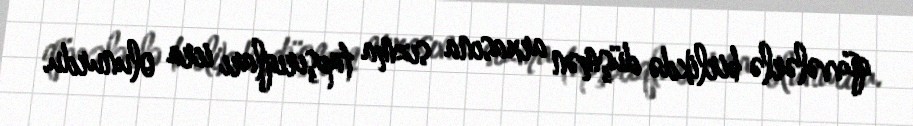
qüvvələrlə birlikdə düşmən arxasına sızma tapşırıqları icra olunurdu.